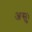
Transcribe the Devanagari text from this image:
असुः